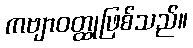
ကဗျာဝတ္ထုဖြစ်သည်။